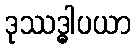
ဒုဿဒ္ဓါပယာ